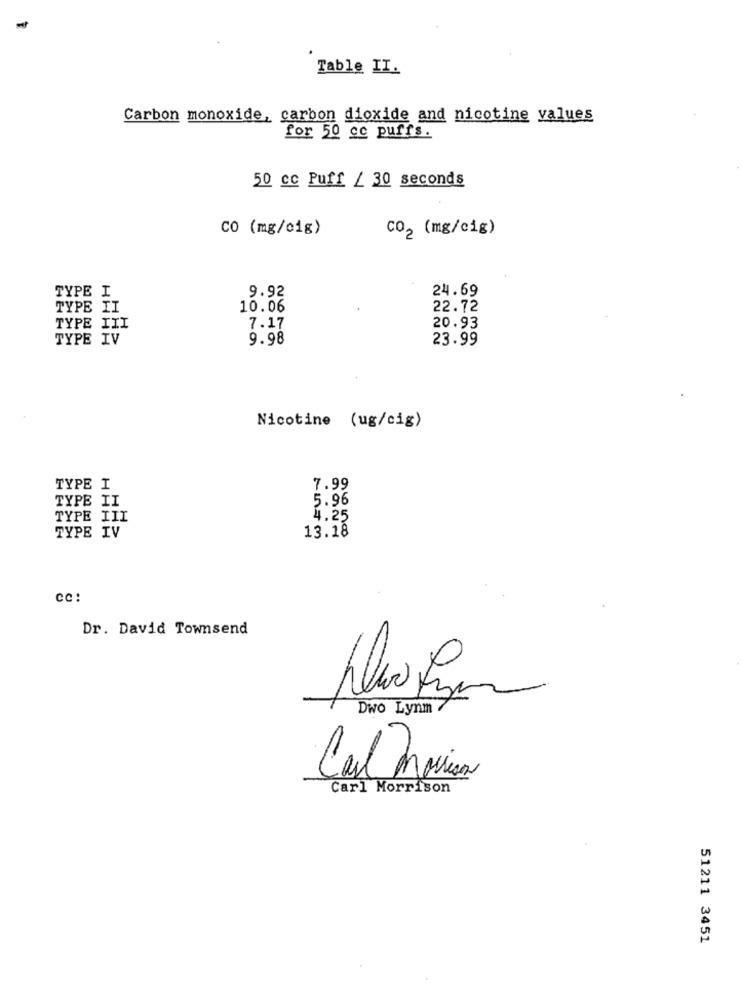
Table II.
Carbon monoxide, carbon dioxide and nicotine values
for 50 cc puffs.
50 cc Puff / 30 seconds
CO (mg/cig)
CO2 (mg/cig)
TYPE I
9.92
24.69
TYPE II
10.06
22.72
TYPE III
7.17
20.93
TYPE IV
9.98
23.99
Nicotine (ug/cig)
TYPE I
7.99
TYPE II
5.96
TYPE III
4.25
TYPE IV
13.18
cc:
Dr. David Townsend
Dwo Lynm
Carl Morrison
51211 3451